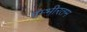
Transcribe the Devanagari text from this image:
गम्भीरतम